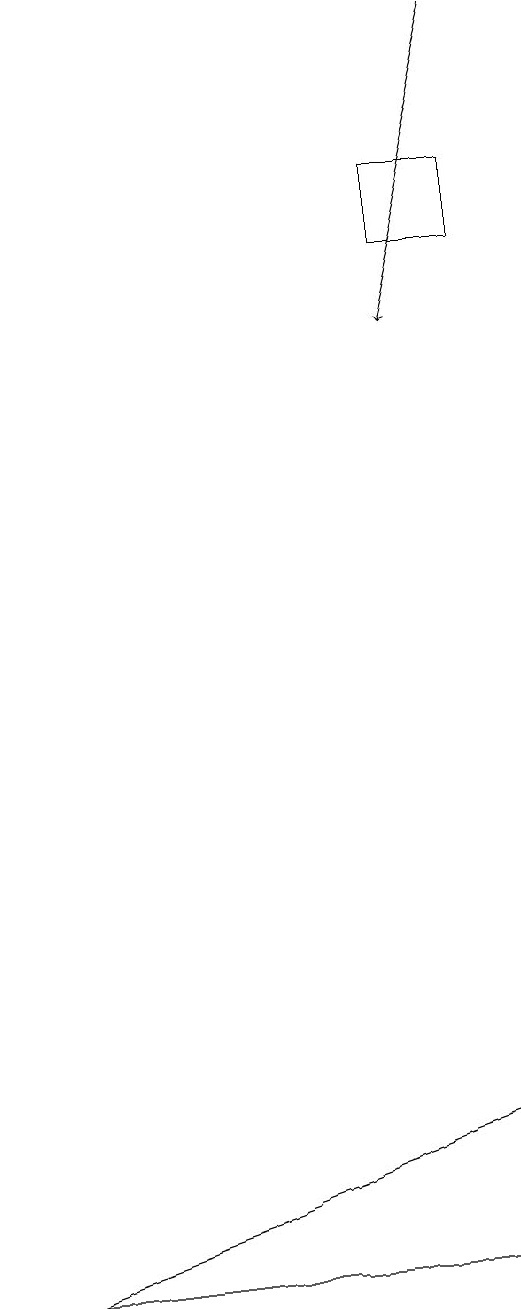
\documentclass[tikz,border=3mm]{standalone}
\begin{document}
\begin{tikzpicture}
\draw (6,15) rectangle (7,16);
\draw (7,4) -- (1,2) -- (7,2) -- cycle;
\draw[->] (7,18) -- (6,14);
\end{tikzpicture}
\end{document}